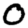
Digit: 0